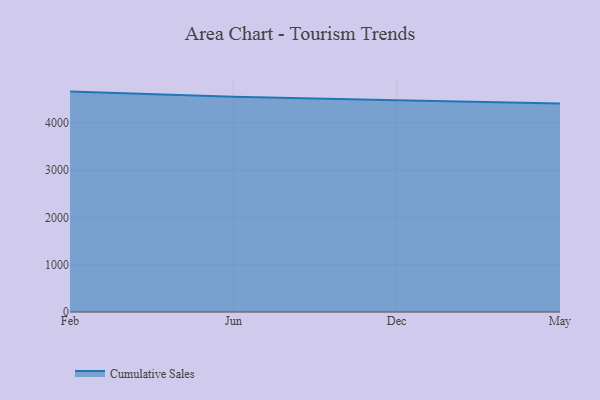
{"axis": {"x": "Month", "y": "Satisfaction Score"}, "legend": ["Cumulative Sales"], "data": [{"x": "Feb", "y": 4660.9, "type": "Cumulative Sales"}, {"x": "Jun", "y": 4552.0, "type": "Cumulative Sales"}, {"x": "Dec", "y": 4478.5, "type": "Cumulative Sales"}, {"x": "May", "y": 4408.9, "type": "Cumulative Sales"}]}